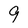
Character: 9